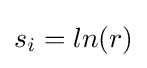
s_{i}=ln(r)